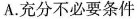
A.充分不必要条件